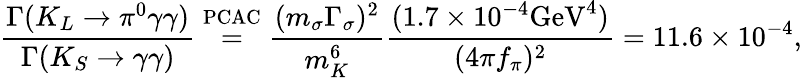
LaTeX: \frac{\Gamma(K_{L}\to\pi^{0}\gamma\gamma)}{\Gamma(K_{S}\to\gamma\gamma)}\stackrel{\mathrm{PCAC}}{=}\frac{(m_{\sigma}\Gamma_{\sigma})^{2}}{m_{K}^{6}}\frac{(1.7\times 10^{-4}\mathrm{GeV}^{4})}{(4\pi f_{\pi})^{2}}=11.6\times 10^{-4},